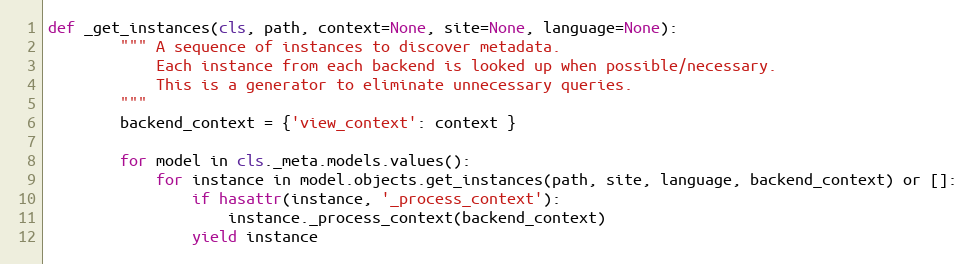
Language: Python
def _get_instances(cls, path, context=None, site=None, language=None):
        """ A sequence of instances to discover metadata.
            Each instance from each backend is looked up when possible/necessary.
            This is a generator to eliminate unnecessary queries.
        """
        backend_context = {'view_context': context }

        for model in cls._meta.models.values():
            for instance in model.objects.get_instances(path, site, language, backend_context) or []:
                if hasattr(instance, '_process_context'):
                    instance._process_context(backend_context)
                yield instance